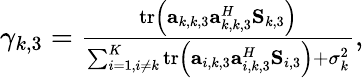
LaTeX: \begin{array}{r}{\gamma_{k,3}=\frac{\mathrm{tr}\left(\mathbf a_{k,k,3}\mathbf a_{k,k,3}^{H}\mathbf S_{k,3}\right)}{\sum_{i=1,i\neq k}^{K}\mathrm{tr}\left(\mathbf a_{i,k,3}\mathbf a_{i,k,3}^{H}\mathbf S_{i,3}\right)+\sigma_{k}^{2}},}\end{array}